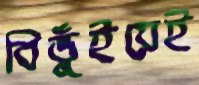
বিভুঁইয়েই